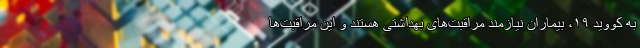
به کووید ۱۹، بیماران نیازمند مراقبت‌های بهداشتی هستند و این مراقبت‌ها